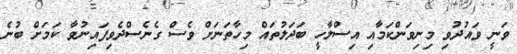
ވަނީ ވައުދުވި މިނިވަންކަމާއި އިސްލާހީ ބަދަލުތައް މިހާތަނަށް ވެސް ގެނެސްދެވިފައިނުވާ ކަމަށް ބުނެ